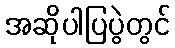
အဆိုပါပြပွဲတွင်